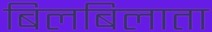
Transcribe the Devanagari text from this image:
बिलबिलाता